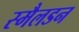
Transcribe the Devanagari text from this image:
स्मैलडन